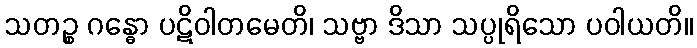
သတဉ္စ ဂန္ဓော ပဋိဝါတမေတိ၊ သဗ္ဗာ ဒိသာ သပ္ပုရိသော ပဝါယတိ။